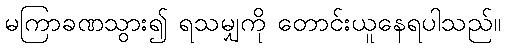
မကြာခဏသွား၍ ရသမျှကို တောင်းယူနေရပါသည်။